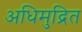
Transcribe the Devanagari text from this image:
अधिमुद्रित